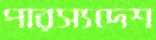
পারস্যদেশ